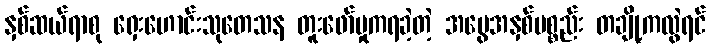
နှစ်ဆယ်ရာစု ရှေးဟောင်းသုတေသန တူးဖော်မှုကရခဲ့တဲ့ အမွေအနှစ်ပစ္စည်း တချို့ကလွဲရင်